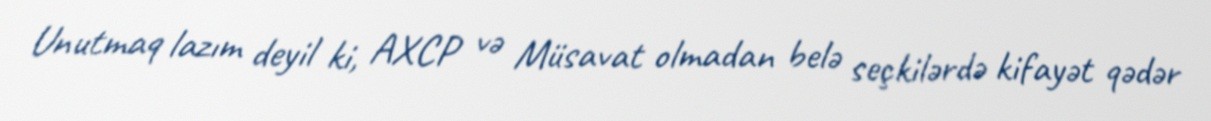
Unutmaq lazım deyil ki, AXCP və Müsavat olmadan belə seçkilərdə kifayət qədər